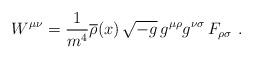
LaTeX: \begin{align*}W^{\mu\nu}={1\over m^4}\overline{\rho}(x)\,\sqrt{-g}\,g^{\mu\rho}g^{\nu\sigma}\,F_{\rho\sigma}\ .\end{align*}